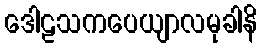
ဒေါဠသကပေယျာလမုခါနိ